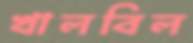
খালবিল